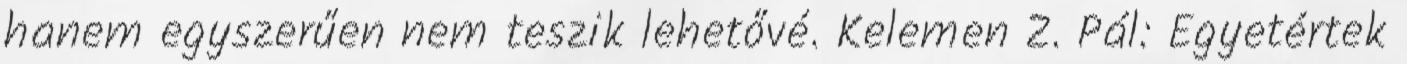
hanem egyszerűen nem teszik lehetővé. Kelemen Z. Pál: Egyetértek